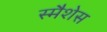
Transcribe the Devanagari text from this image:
स्मैशेस